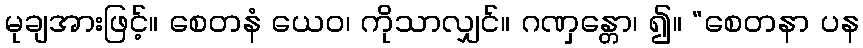
မုချအားဖြင့်။ စေတနံ ယေဝ၊ ကိုသာလျှင်။ ဂဏှန္တော၊ ၍။ “စေတနာ ပန